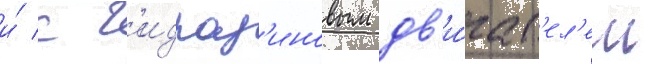
и́ с г'идраз'иновым дв'и́гат'ел'ем